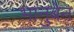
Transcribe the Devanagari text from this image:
भानुबेन